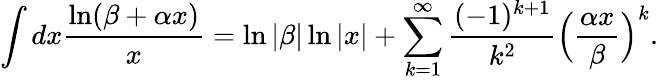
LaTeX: \int dx\frac{\ln(\beta+\alpha x)}{x}=\ln\vert\beta\vert\ln\vert x\vert+\sum_{k=1}^{\infty}\frac{(-1)^{k+1}}{k^{2}}\Bigl(\frac{\alpha x}{\beta}\Bigr)^{k}.